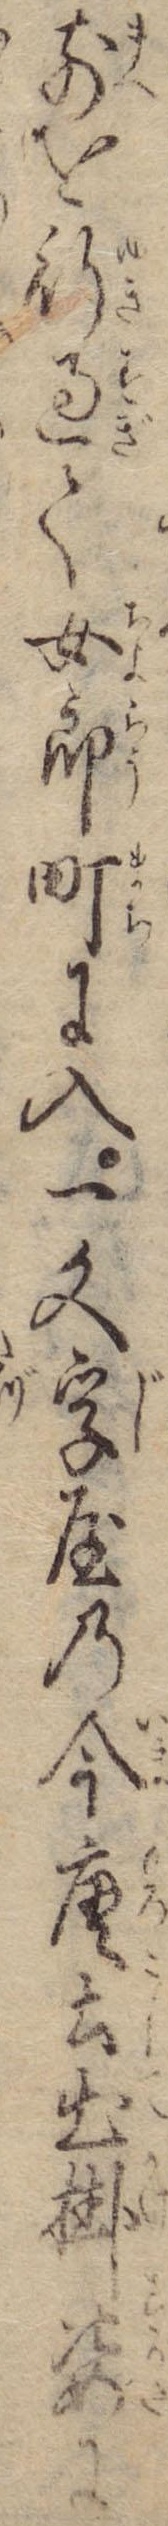
前を行過て女郎町に入一文字屋の今唐士出掛姿に